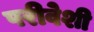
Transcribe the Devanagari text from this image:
परीवेशी